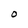
Character: O